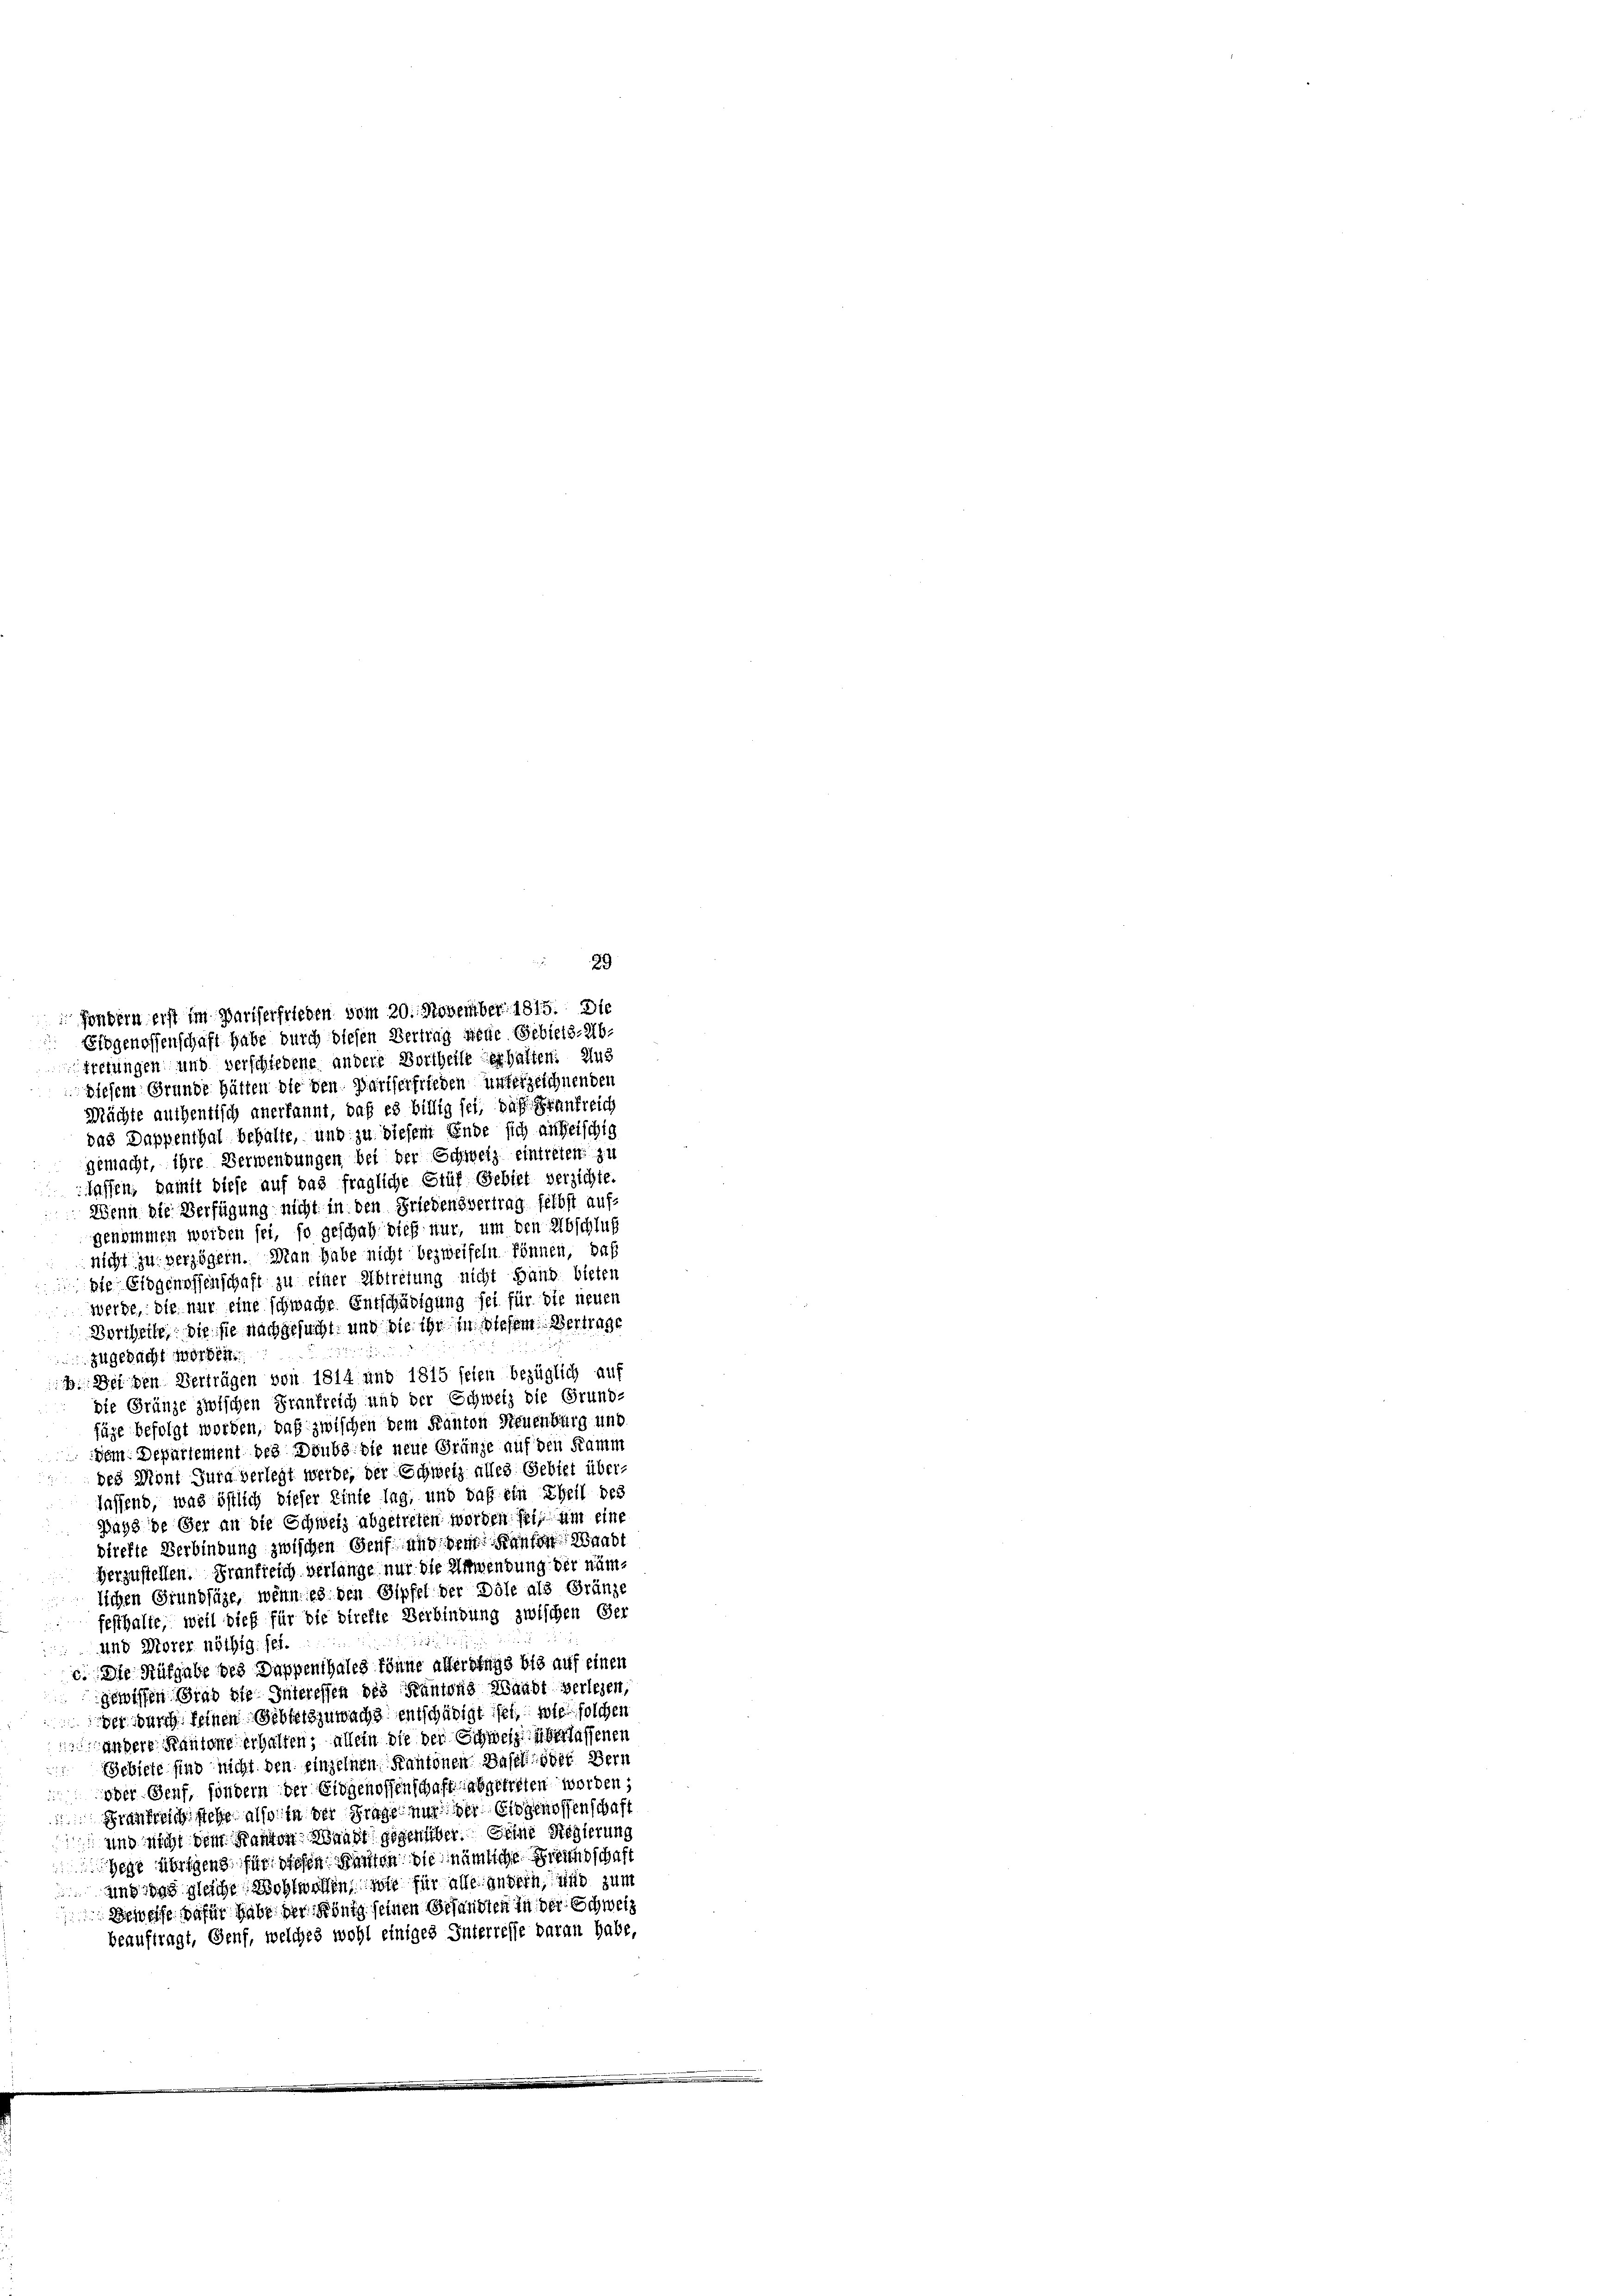
fondern erst im Pariserfrieden vom 20. November 1815. Die
Eidgenossenschaft habe durch diesen Vertrag wiede Gebiets-Abtretungen und verschiedene andere Dortheile verhalten. Aus
Diesem Grunde hätten die den Pariserfrieden unterzeichnenden
Mächte auchentisch anerkannt, daß es billig sei, daß Frankreich
das Dappenthal behalte, und zu diesem Ende sich anheischig
gemacht, ihre Verwendungen bei der Schweiz eintreten zu
lassen, damit diese auf das fragliche Stüf Gebiet verzichte.
Wenn die Verfügung nicht in den Friedensvertrag selbst aufgenommen werden sei, so geschah dieß nur, um den Abschluß
nicht zu verzögern. Man habe nicht bezweifeln können, daß
die Eidgenossenschaft zu einer Abtretung nicht Hand bieten
werde, die nur eine schwache Entschädigung sei für die neuen
Bortheile die sie nachgesucht, und die ihr in stehen Vertrage
 zugedacht worden.
 Bei den Verträgen von 1814 und 1815 feien bezüglich auf
die Gränze zwischen Frankreich und der Schweiz die Grund-
fäge befolgt worden, daß zwischen dem Kanton Neuenburg und
dem Departement des Druk die neue Gränze auf den Kamm
des Mont Jura verlegt werde, der Schweiz alles Gebiet über-
lassend, was östlich dieser Einte lag, und daß ein Theil des
Days de Ger an die Schweiz abgetreten worden sei, um eine
drefte Verbindung zwischen Genf und dem Kanton Waadt
herzustellen. Frankreich verlange nur die Anwendung der nämlichen Grundsäge, wenn es den Gipfel der Dole als Gränze
festhalte, weil dieß für die direkte Verbindung zwischen Ger
und Morer nöthig sei.
c. Die Aufgabe des Dappenthales könne allerdings bis auf einen
gewissen Grad die Interessen des Kantons Waadt verlesen,
der durch seinen Gebleibzuwachs entschädigt ist, wie solchen
andere Kantone erhalten, allein die der Schweiz überlassenen
Schiefe sind nicht den einzelnen Kantonen Basel oder Bern
eder Genf, sondern der Eidgenossenschaft abgetreten worden;
Frankreich stehe also in der Frage nur der Eidgenossenschaft
und nicht dem Kanton Waadt gegenüber. Seine Regierung
Wege übrigen für dieser Bauten die nämliche Freundschaft
und das gleiche Wohlwollen, wie für alle andern, und zum
Beweise dafür habe der König seinen Gesandten in der Schweiz
beauftragt, Genf, welches wohl einiges Interresse daran habe,

29